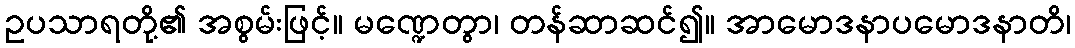
ဥပသာရတို့၏ အစွမ်းဖြင့်။ မဏ္ဍေတွာ၊ တန်ဆာဆင်၍။ အာမောဒနာပမောဒနာတိ၊